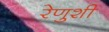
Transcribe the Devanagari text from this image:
रेणुशी